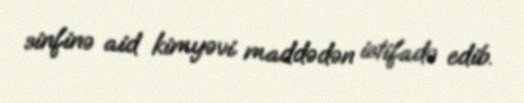
sinfinə aid kimyəvi maddədən istifadə edib.